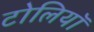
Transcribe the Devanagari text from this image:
टोलियॉ